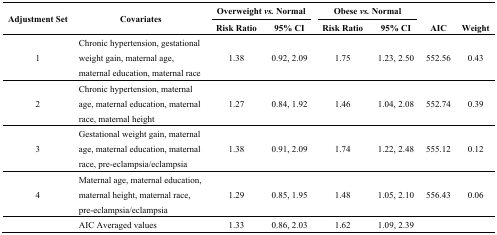
| <ROWSPAN=2> Adjustment Set | <ROWSPAN=2> Covariates | <COLSPAN=2> Overweight vs. Normal | <COLSPAN=2> Obese vs. Normal |  |  |
 | Risk Ratio | 95% CI | Risk Ratio | 95% CI | AIC | Weight |
 | --- | --- | --- | --- | --- | --- | --- | --- |
 | 1 | Chronic hypertension, gestational weight gain, maternal age, maternal education, maternal race | 1.38 | 0.92, 2.09 | 1.75 | 1.23, 2.50 | 552.56 | 0.43 |
 | 2 | Chronic hypertension, maternal age, maternal education, maternal race, maternal height | 1.27 | 0.84, 1.92 | 1.46 | 1.04, 2.08 | 552.74 | 0.39 |
 | 3 | Gestational weight gain, maternal age, maternal education, maternal race, pre-eclampsia/eclampsia | 1.38 | 0.91, 2.09 | 1.74 | 1.22, 2.48 | 555.12 | 0.12 |
 | 4 | Maternal age, maternal education, maternal height, maternal race, pre-eclampsia/eclampsia | 1.29 | 0.85, 1.95 | 1.48 | 1.05, 2.10 | 556.43 | 0.06 |
 |  | AIC Averaged values | 1.33 | 0.86, 2.03 | 1.62 | 1.09, 2.39 |  |  |